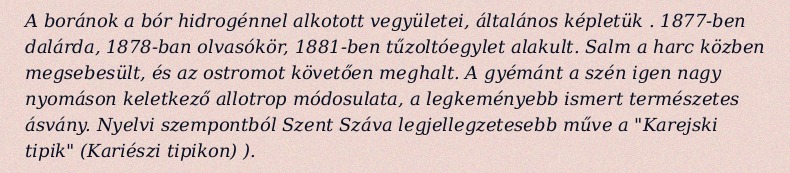
A boránok a bór hidrogénnel alkotott vegyületei, általános képletük . 1877-ben dalárda, 1878-ban olvasókör, 1881-ben tűzoltóegylet alakult. Salm a harc közben megsebesült, és az ostromot követően meghalt. A gyémánt a szén igen nagy nyomáson keletkező allotrop módosulata, a legkeményebb ismert természetes ásvány. Nyelvi szempontból Szent Száva legjellegzetesebb műve a "Karejski tipik" (Kariészi tipikon) ).